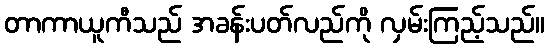
တာကာယူကီသည် အခန်းပတ်လည်ကို လှမ်းကြည့်သည်။